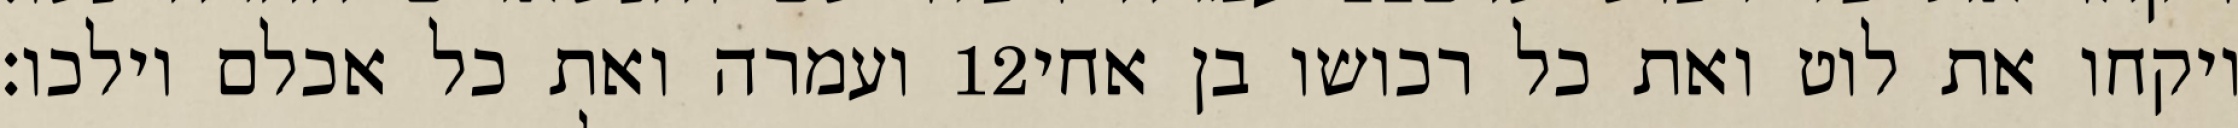
ועמרה ואת כל אכלם וילכו׃ ‎12‏ ויקחו את לוט ואת כל רכושו בן אחי